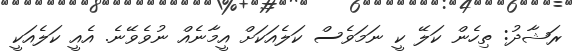
ރަޝާދު: ތިހެން ކަލޭ ކީ ނަމަވެސް ކަލެއަކަށް އީމާނެއް ނުވެވޭނެ. އެއީ ކަލެއަކީ